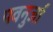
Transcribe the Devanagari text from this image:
पवनुर्जा